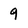
Character: 9